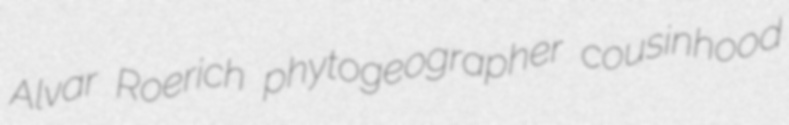
Alvar Roerich phytogeographer cousinhood